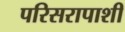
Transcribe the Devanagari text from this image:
परिसरापाशी